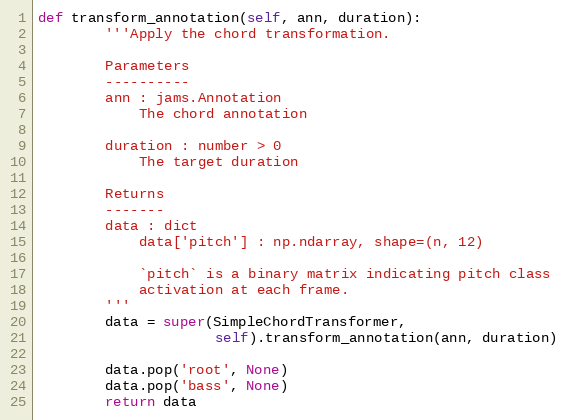
Language: Python
def transform_annotation(self, ann, duration):
        '''Apply the chord transformation.

        Parameters
        ----------
        ann : jams.Annotation
            The chord annotation

        duration : number > 0
            The target duration

        Returns
        -------
        data : dict
            data['pitch'] : np.ndarray, shape=(n, 12)

            `pitch` is a binary matrix indicating pitch class
            activation at each frame.
        '''
        data = super(SimpleChordTransformer,
                     self).transform_annotation(ann, duration)

        data.pop('root', None)
        data.pop('bass', None)
        return data